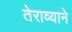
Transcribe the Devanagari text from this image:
तेराव्याने